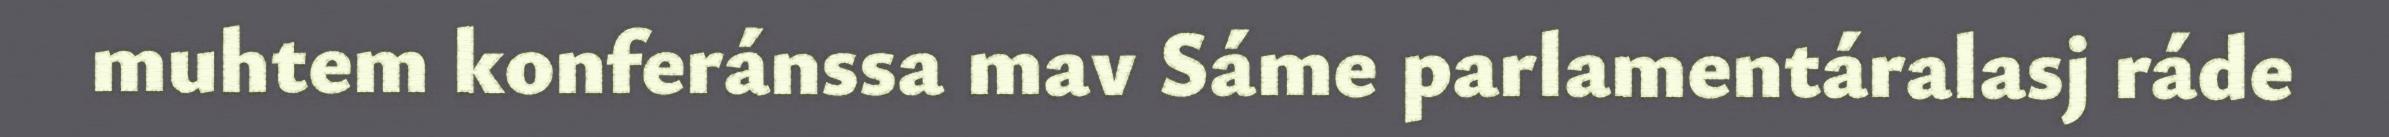
muhtem konferánssa mav Sáme parlamentáralasj ráde